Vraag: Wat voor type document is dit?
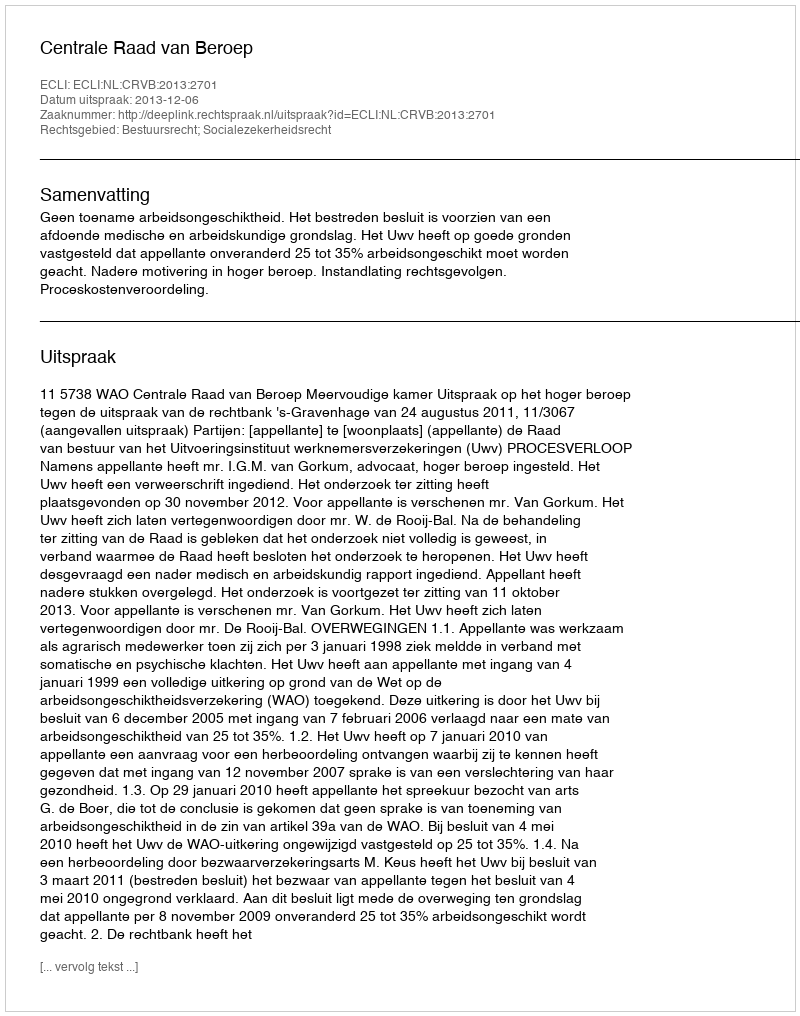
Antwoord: Uitspraak